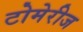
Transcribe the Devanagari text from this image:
टोमेरीज